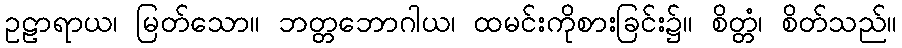
ဥဠာရာယ၊ မြတ်သော။ ဘတ္တဘောဂါယ၊ ထမင်းကိုစားခြင်း၌။ စိတ္တံ၊ စိတ်သည်။